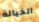
الخيالة